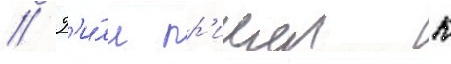
// Г'и́лл пр'ишел к